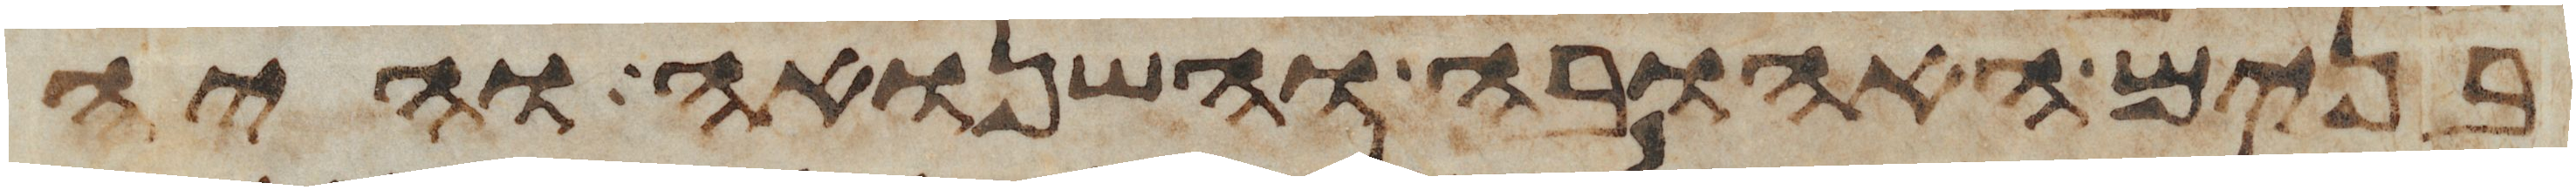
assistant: בנים האהובה והשנואה והיה